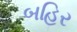
બહિર